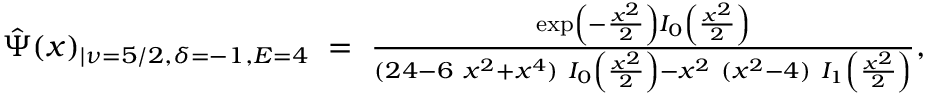
\begin{array} { r } { \hat { \Psi } ( x ) _ { | \nu = 5 / 2 , \delta = - 1 , E = 4 } ~ = ~ \frac { \exp \left( - \frac { x ^ { 2 } } { 2 } \right) I _ { 0 } \left( \frac { x ^ { 2 } } { 2 } \right) } { ( 2 4 - 6 ~ x ^ { 2 } + x ^ { 4 } ) ~ I _ { 0 } \left( \frac { x ^ { 2 } } { 2 } \right) - x ^ { 2 } ~ ( x ^ { 2 } - 4 ) ~ I _ { 1 } \left( \frac { x ^ { 2 } } { 2 } \right) } , } \end{array}